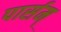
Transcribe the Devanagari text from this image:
पार्सम्